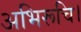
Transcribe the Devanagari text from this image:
अभिरूचि।